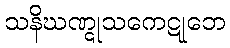
သနိဃဏ္ဋုသကေဋုဘေ